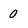
Character: 0